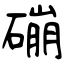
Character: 磞